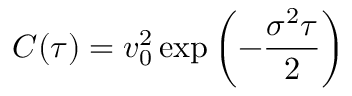
C ( \tau ) = v _ { 0 } ^ { 2 } \, \mathrm { e x p } \left( - { \frac { \sigma ^ { 2 } \tau } { 2 } } \right)